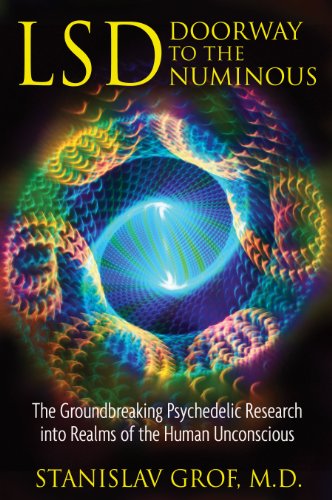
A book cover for LSD: Doorway to the Numinous: The Groundbreaking Psychedelic Research into Realms of the Human Unconscious; Stanislav Grof; Health, Fitness & Dieting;